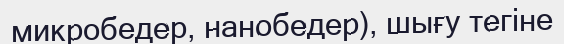
микробедер, нанобедер), шығу тегіне